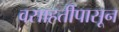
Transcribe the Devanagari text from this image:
वसाहतींपासून